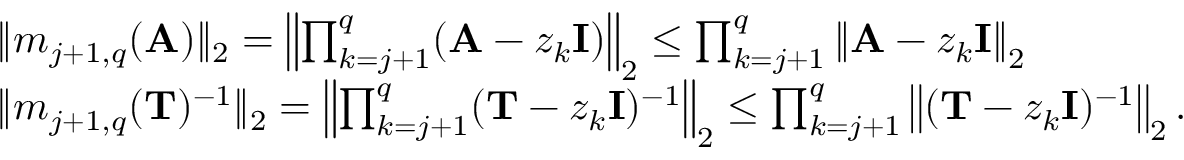
\begin{array} { r l } & { \| m _ { j + 1 , q } ( \mathbf { A } ) \| _ { 2 } = \left\| \prod _ { k = j + 1 } ^ { q } ( \mathbf { A } - z _ { k } \mathbf { I } ) \right\| _ { 2 } \leq \prod _ { k = j + 1 } ^ { q } \left\| \mathbf { A } - z _ { k } \mathbf { I } \right\| _ { 2 } } \\ & { \| m _ { j + 1 , q } ( \mathbf { T } ) ^ { - 1 } \| _ { 2 } = \left\| \prod _ { k = j + 1 } ^ { q } ( \mathbf { T } - z _ { k } \mathbf { I } ) ^ { - 1 } \right\| _ { 2 } \leq \prod _ { k = j + 1 } ^ { q } \left\| ( \mathbf { T } - z _ { k } \mathbf { I } ) ^ { - 1 } \right\| _ { 2 } . } \end{array}